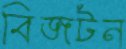
বিজটন